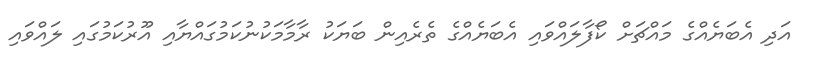
އަދި އެބަޔެއްގެ މައްޗަށް ކޯފާލައްވައި އެބަޔެއްގެ ތެރެއިން ބަޔަކު ރާމާމަކުނުކަމުގައްޔާއި އޫރުކަމުގައި ލައްވައި